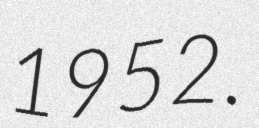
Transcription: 1952.